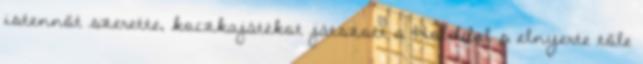
istennőt szerette, koczkajátékot játszott a Holddal s elnyerte tőle